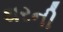
થરની